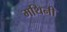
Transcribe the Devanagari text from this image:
मथिनी